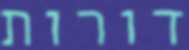
דורות